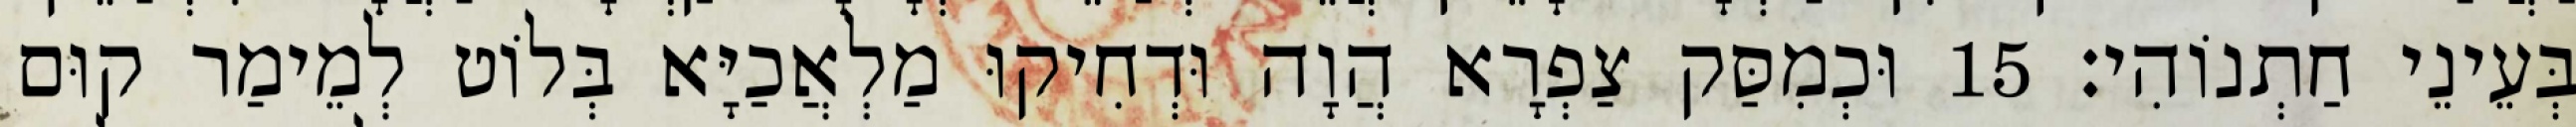
בְּעֵינֵי חַתְנוֹהִי׃ 15 וּכְמִסַּק צַפְרָא הֲוָה וּדְחִיקוּ מַלְאֲכַיָּא בְּלוֹט לְמֵימַר קוּם